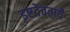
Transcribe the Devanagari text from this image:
इष्टदेवतायै